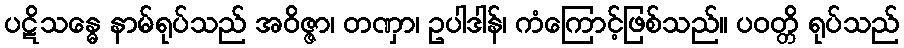
ပဋိသန္ဓေ နာမ်ရုပ်သည် အဝိဇ္ဇာ၊ တဏှာ၊ ဥပါဒါန်၊ ကံကြောင့်ဖြစ်သည်။ ပဝတ္တိ ရုပ်သည်